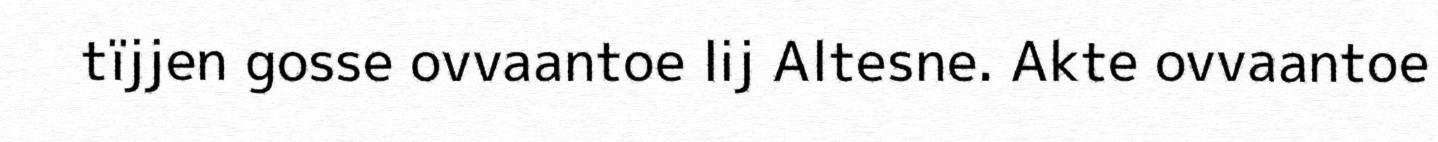
tïjjen gosse ovvaantoe lij Altesne. Akte ovvaantoe